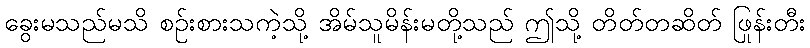
ခွေးမသည်မသိ စဉ်းစားသကဲ့သို့ အိမ်သူမိန်းမတို့သည် ဤသို့ တိတ်တဆိတ် ဖြုန်းတီး